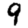
Digit: 9